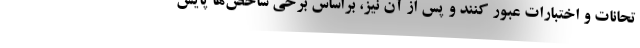
تحانات و اختبارات عبور کنند و پس از آن نیز، براساس برخی شاخص‌ها پایش